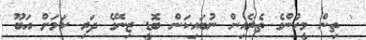
' ތިން މީހުންގެ ތެރެއިން ނުބައިކަން ބޮޑީ ޒިނޭގެ ދަރި ކަމަށް އަބޫ